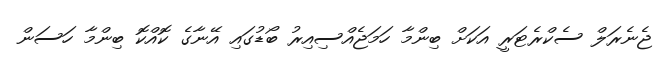
ޖެނެރަލް ސެކްރެޓަރީ އަކަށް ބިންމާ ހަމަޖެއްސިއިރު ބޯޑުގައި އޭނާގެ ކޮއްކޮ ބިންމާ ހަސަން